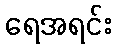
ရေအရင်း